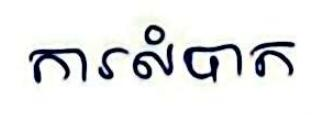
ការលំបាក